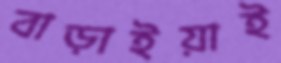
বাড়াইয়াই